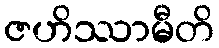
ဇဟိဿာမီတိ